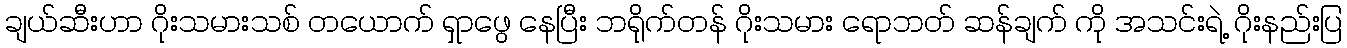
ချယ်ဆီးဟာ ဂိုးသမားသစ် တယောက် ရှာဖွေ နေပြီး ဘရိုက်တန် ဂိုးသမား ရောဘတ် ဆန်ချက် ကို အသင်းရဲ့ ဂိုးနည်းပြ